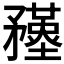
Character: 𥎚